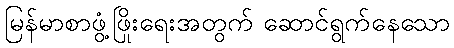
မြန်မာစာဖွံ့ဖြိုးရေးအတွက် ဆောင်ရွက်နေသော